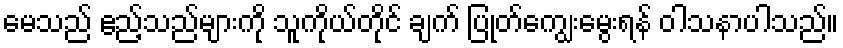
မေသည် ဧည့်သည်များကို သူကိုယ်တိုင် ချက် ပြုတ်ကျွေးမွေးရန် ဝါသနာပါသည်။